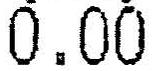
0.00